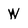
Character: W